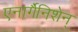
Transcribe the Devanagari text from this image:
एनार्गैनिशेन्